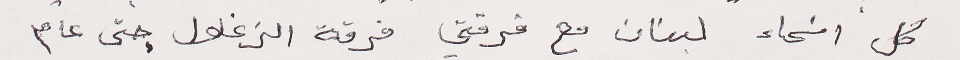
كل انحاء لبنان مع فرقتي فرقة الزغلول حتى عام